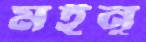
মইনূ